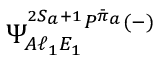
\Psi _ { A \ell _ { 1 } E _ { 1 } } ^ { { ^ { 2 S _ { a } + 1 } P ^ { \bar { \pi } _ { a } } } ( - ) }